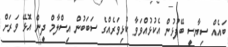
ބައެއް ސިޔާސީ ބޭފުޅުން އެކުޅުއްވަވާ ކުޅިވަރެއްގެ ސަބަބުން އިސްލާމް ދީން އޮޅޭ ވަރަށް